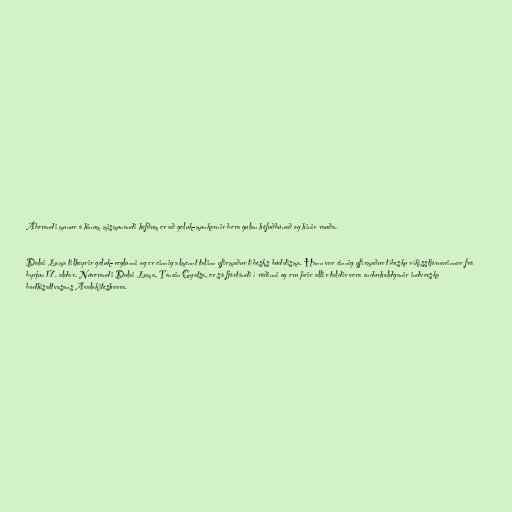
Áberandi munur á hinum mismunandi hefðum er að geluk-munkarnir bera gulan höfuðbúnað og hinir rauða.

Dalai Lama tilheyrir geluk-reglunni og er einnig almennt talinn yfirmaður tíbesks búddisma. Hann var einnig yfirmaður tíbesku ríkisstjórnarinnar frá
byrjun 17. aldar. Núverandi Dalai Lama, Tenzin Gyatso, er sá fjórtándi í röðinni og eru þeir allir taldir vera endurholdganir indverska
bodhisattvasans Avalokiteshvara.